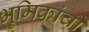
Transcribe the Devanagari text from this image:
भुमिकांची